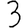
Digit: 3